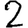
Digit: 2